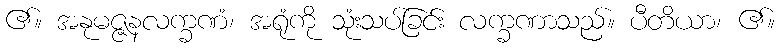
၏။ အနုမဇ္ဇနလက္ခဏံ၊ အရုံကို သုံးသပ်ခြင်း လက္ခဏာသည်။ ပီတိယာ၊ ၏။